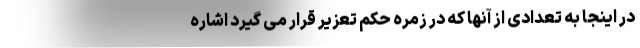
در اینجا به تعدادی از آنها که در زمره حکم تعزیر قرار می گیرد اشاره